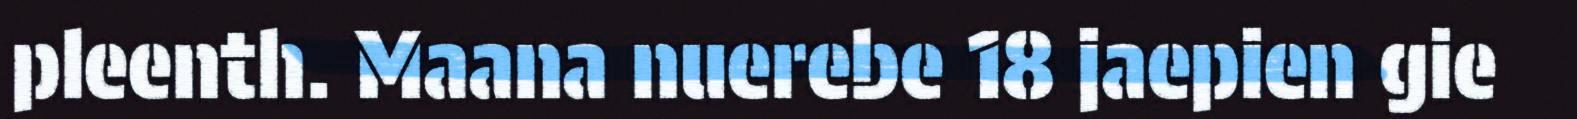
pleenth. Maana nuerebe 18 jaepien gie